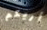
أريكم